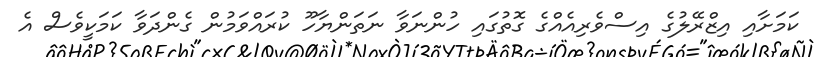
ކަމަށާއި އިޒްރޭލުގެ އިސްވެރިއެއްގެ ގޮތުގައި ހުންނަވާ ނަތަންޔާހޫ ކުރައްވަމުން ގެންދަވާ ކަމަކީވެސް އެ